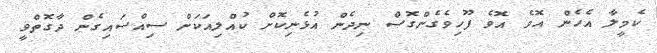
ކެމީލާ އެހެން އޮވެ އޮވެ ފޫހިވެގެންގޮސް ނިދެން އުޅެނިކޮށް ކުއްލިއަކަށް ސިއްސައިގެން ދާގޮތްވީ